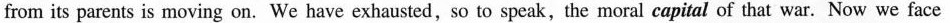
from its parents is moving on. We have exhausted, so to speak,the moral capital of that war. Now we face